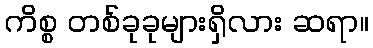
ကိစ္စ တစ်ခုခုများရှိလား ဆရာ။